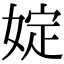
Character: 婝